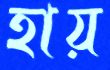
হায়